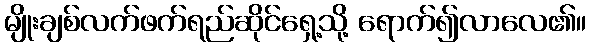
မျိုးချစ်လက်ဖက်ရည်ဆိုင်ရှေ့သို့ ရောက်၍လာလေ၏။